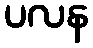
ပလန